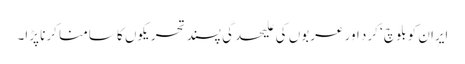
ایران کو بلوچ ‘ کرد اور عربوں کی علیحدگی پسند تحریکوں کا سامنا کرنا پڑا۔